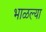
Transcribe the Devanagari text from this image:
भाळल्या